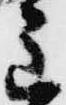
主